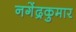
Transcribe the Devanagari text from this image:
नगेंद्रकुमार